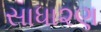
સાધા૨ણ